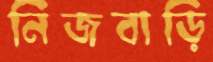
নিজবাড়ি